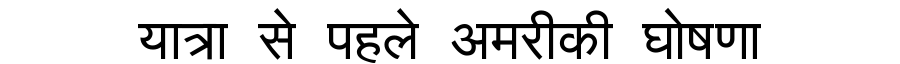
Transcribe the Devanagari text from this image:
यात्रा से पहले अमरीकी घोषणा